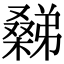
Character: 𣜹